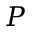
P